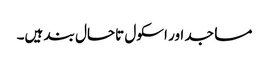
مساجد اور اسکول تاحال بند ہیں۔